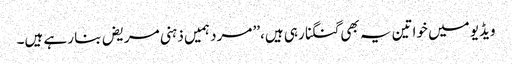
ویڈیو میں خواتین یہ بھی گنگنا رہی ہیں،’’ مرد ہمیں ذہنی مریض بنا رہے ہیں۔